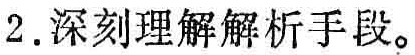
2.深刻理解解析手段。